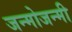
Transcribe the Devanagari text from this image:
जन्मोजन्मी